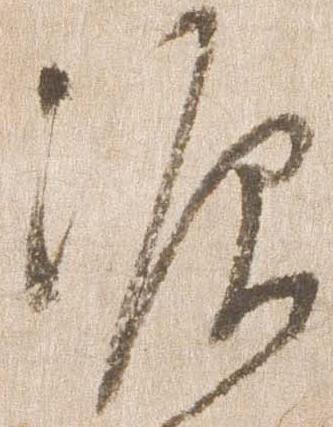
源